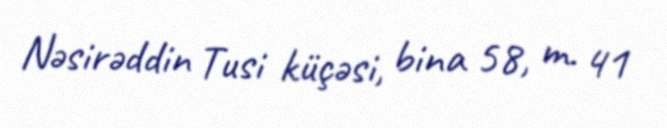
Nəsirəddin Tusi küçəsi, bina 58, m. 41